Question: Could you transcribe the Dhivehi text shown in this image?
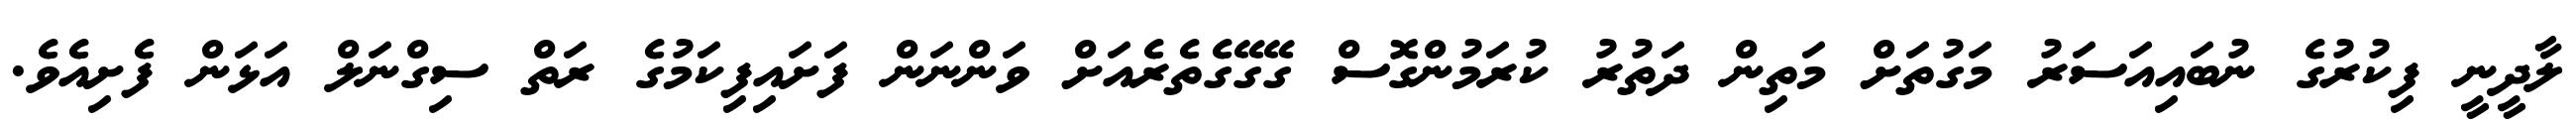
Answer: ލާދީނީ ފިކުރުގެ ނުބައިއަސަރު މަގުތަށް މަތިން ދަތުރު ކުރަމުންގޮސް ގޭގޭގެތެރެއަށް ވަންނަން ފަށައިފިކަމުގެ ރަތް ސިގްނަލް އަޅަން ފެށިއެވެ.